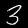
Digit: 3